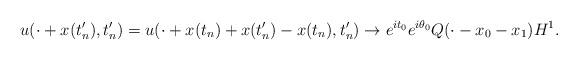
LaTeX: \begin{align*}u(\cdot + x(t_n'), t_n') = u(\cdot + x(t_n) +x(t_n') - x(t_n), t_n') \to e^{it_0} e^{i \theta_0} Q(\cdot - x_0 -x_1) H^1.\end{align*}